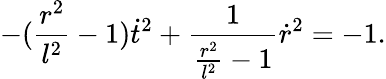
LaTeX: -(\frac{r^{2}}{l^{2}}-1)\dot{t}^{2}+\frac{1}{\frac{r^{2}}{l^{2}}-1}\dot{r}^{2}=-1.